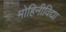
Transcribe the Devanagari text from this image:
मोहिनीविद्या